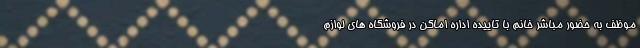
موظف به حضور مباشر خانم با تاییده اداره اماکن در فروشگاه های لوازم